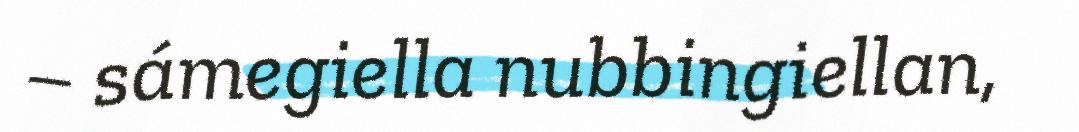
– sámegiella nubbingiellan,